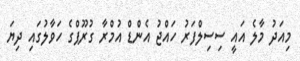
މިއަދު މާލެ އައީ ސިސިލްފަރު ހައްޖު އެންޑް އުމްރާ ގުރޫޕްގެ ހަވާލުގައި ދިޔަ